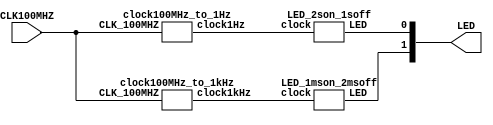
`timescale 1ns / 1ps

module LED_counters(
     input CLK100MHZ,
     output [1:0] LED
);

    wire clock1Hz, clock1kHz;

    clock100MHz_to_1kHz firstLED (CLK100MHZ,clock1kHz);
    clock100MHz_to_1Hz secondLED (CLK100MHZ, clock1Hz);
    
    LED_2son_1soff LEDfirst(clock1Hz, LED[0]);
    LED_1mson_2msoff LEDsecond(clock1kHz, LED[1]);

endmodule

module LED_1mson_2msoff(
    input clock,
    output [0:0] LED
);

    reg[1:0] ctr;
    
    assign LED[0] = ~ctr[0] & ~ctr[1]; 
    always @ (posedge clock) begin        
        if (ctr == 2'b10) begin 
            ctr <= 2'b00;
        end else begin
            ctr <= ctr + 2'b01;
        end
    end
 
endmodule

module LED_2son_1soff(
    input clock,
    output [0:0] LED
 );
 
    reg[1:0] ctr;
    
    assign LED[0] = ctr[0] | ctr[1];
    
    always @ (posedge clock) begin        
        if (ctr == 2'b10) begin 
            ctr <= 2'b00;
        end else begin
            ctr <= ctr + 2'b01;
        end
    end
 
endmodule

// 100MHz to 1Hz is 100,000,000 cycle period
// log2(100,000,000) = 26.6 := 27 bits needed
module clock100MHz_to_1Hz(
    input CLK_100MHZ,
    output reg clock1Hz
);
    reg[26:0] ctr;
    
    always @ (posedge CLK_100MHZ) begin
        if (ctr == 49_999_999) begin
            clock1Hz <= 1'b1;
            ctr <= ctr + 1;            
        end
        else if (ctr == 99_999_999) begin
            clock1Hz <= 1'b0;
            ctr <= 0;
        end
        else begin
            ctr <= ctr + 1;
        end
    end
endmodule


// 100MHz to 1kHz is 100,000 cycle period
// log2(100000) = 16.6 := 17 bits needed
module clock100MHz_to_1kHz(
    input CLK_100MHZ,
    output reg clock1kHz
);

    reg[16:0] ctr;
    
    always @(posedge CLK_100MHZ) begin
        if (ctr == 49_999) begin
            clock1kHz <= 1'b1;
            ctr <= ctr + 1;
        end else if (ctr == 99_999) begin
            clock1kHz <= 1'b0;
            ctr <= 0;
        end else begin
            ctr <= ctr + 1;
        end
    end
endmodule